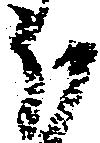
ほ